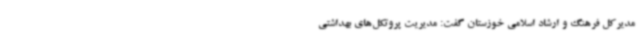
مدیرکل فرهنگ و ارشاد اسلامی خوزستان گفت: مدیریت پروتکل‌های بهداشتی